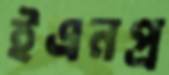
ইএনপ্র